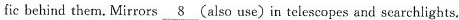
fic behind them. Mirrors \underline{8} (also use) in telescopes and scarchlights.